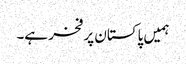
ہمیں پاکستان پر فخر ہے۔